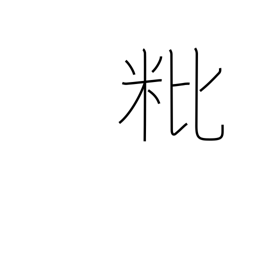
Meaning: empty grain husk